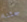
جئنا